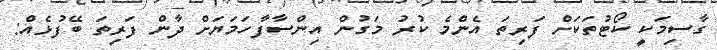
ގާސިމަކީ ކޯޓުތަކަށް ފަރިތަ އެންމެ ކުރު މަގުން އިންސާފާހަމަޔަށް ދާން ފަރިތަ ބޭފުޅެއް: